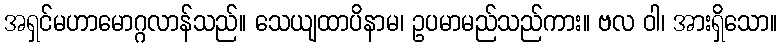
အရှင်မဟာမောဂ္ဂလာန်သည်။ သေယျထာပိနာမ၊ ဥပမာမည်သည်ကား။ ဗလ ဝါ၊ အားရှိသော။